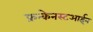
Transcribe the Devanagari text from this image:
फ्रन्केनस्टआईन